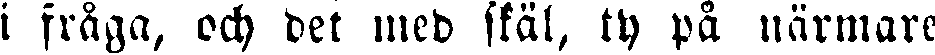
i fråga, och det med skäl, ty på närmare